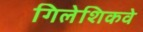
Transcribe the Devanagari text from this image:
गिलेशिकवे